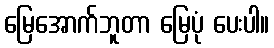
မြေအောက်ဘူတာ မြေပုံ ပေးပါ။